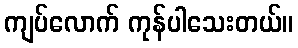
ကျပ်လောက် ကုန်ပါသေးတယ်။